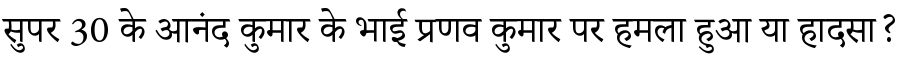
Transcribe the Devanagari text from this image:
सुपर 30 के आनंद कुमार के भाई प्रणव कुमार पर हमला हुआ या हादसा?